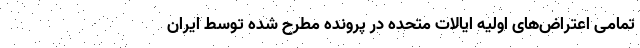
تمامی اعتراض‌های اولیه ایالات متحده در پرونده مطرح شده توسط ایران